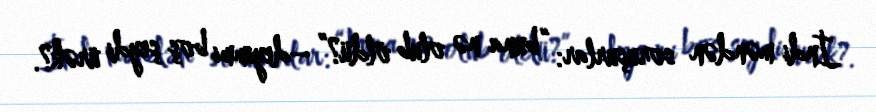
İndi məndən soruşurlar: “buna nə olub öldü?” –deyimmi boş şeydi ürək?.